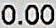
0.00